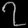
Digit: ၇